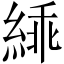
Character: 𬗜